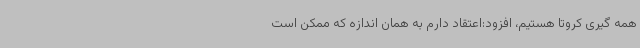
همه گیری کروتا هستیم، افزود:اعتقاد دارم به همان اندازه که ممکن است